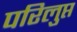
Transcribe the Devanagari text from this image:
परिलुप्त